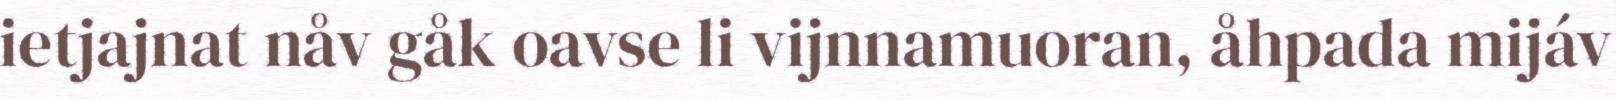
ietjajnat nåv gåk oavse li vijnnamuoran, åhpada mijáv